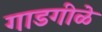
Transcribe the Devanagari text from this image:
गाडगीळे